65_HS1-834228961_62-HQ-83894_Section_5
Agency: FBI
Page 21
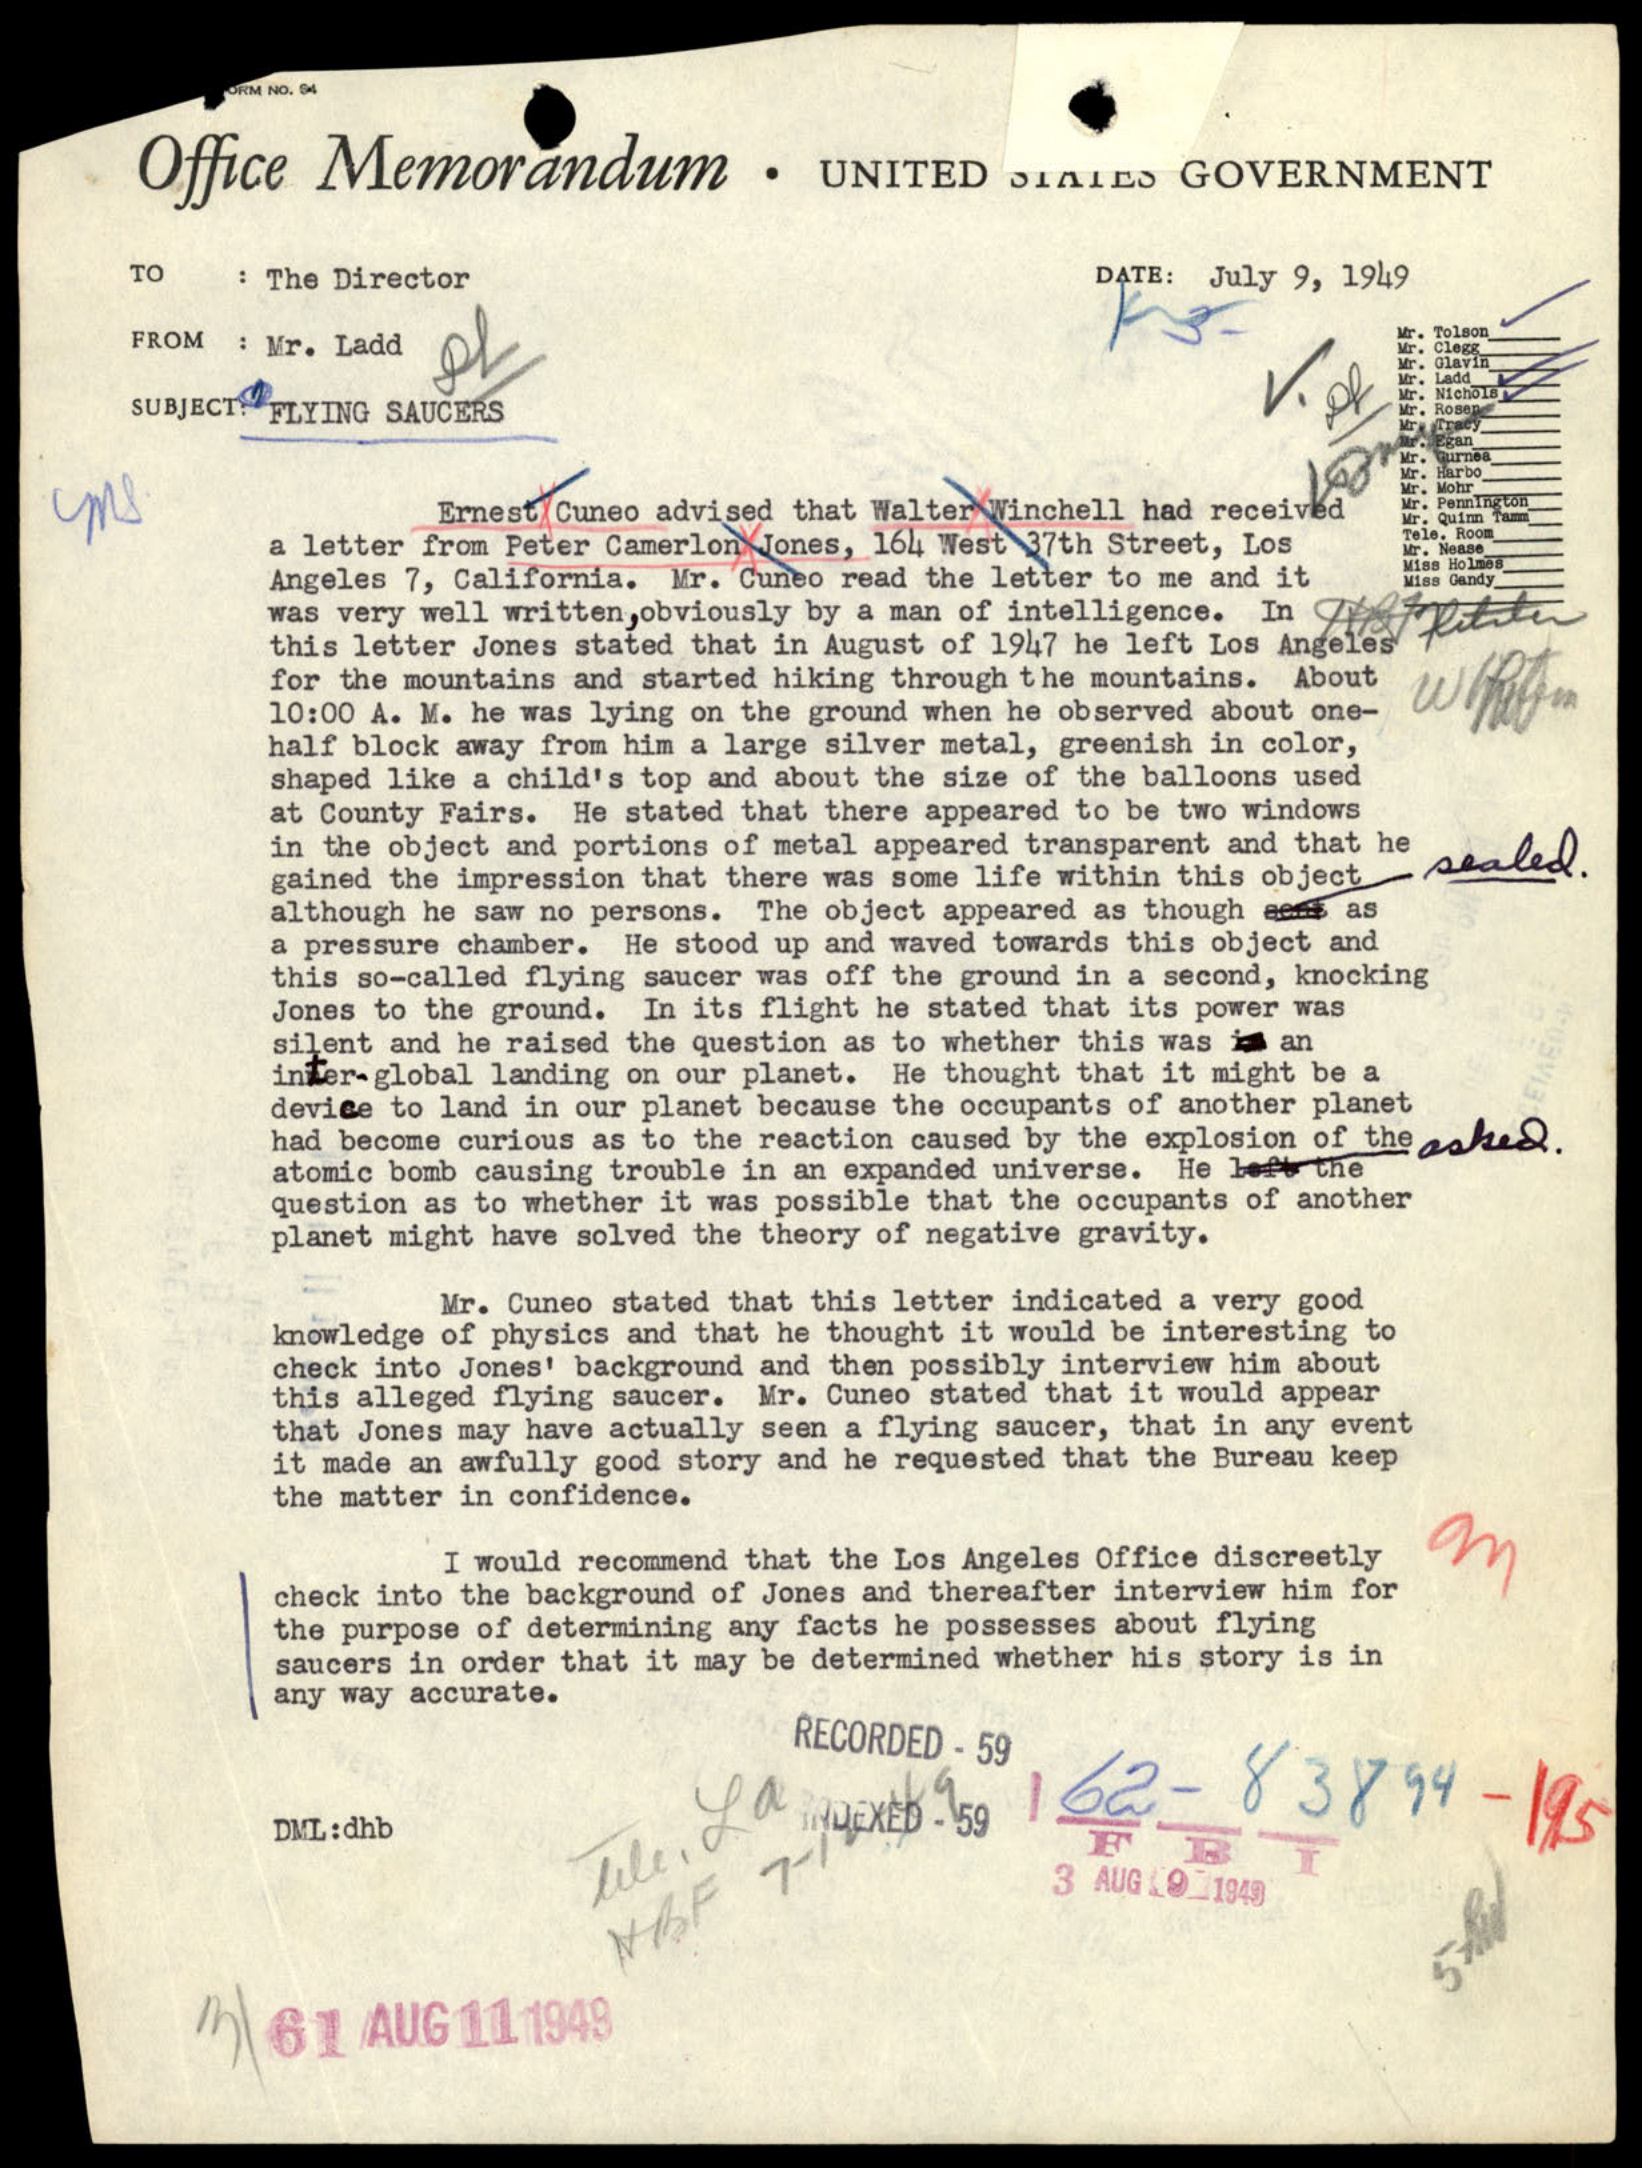